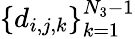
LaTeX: \left\{ d_{i,j,k}\right\} _{k=1}^{N_{3}-1}